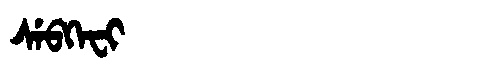
Manchu: ᠰᡝᠪᡴᡝᠸᡳ
Romanization: SEBKEFI